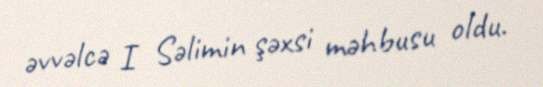
əvvəlcə I Səlimin şəxsi məhbusu oldu.